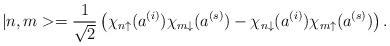
LaTeX: \begin{align*}|n,m>=\frac{1}{\sqrt{2}}\left( \chi _{n\uparrow }(a^{(i)})\chi _{m\downarrow}(a^{(s)})-\chi _{n\downarrow }(a^{(i)})\chi _{m\uparrow }(a^{(s)})\right).\end{align*}